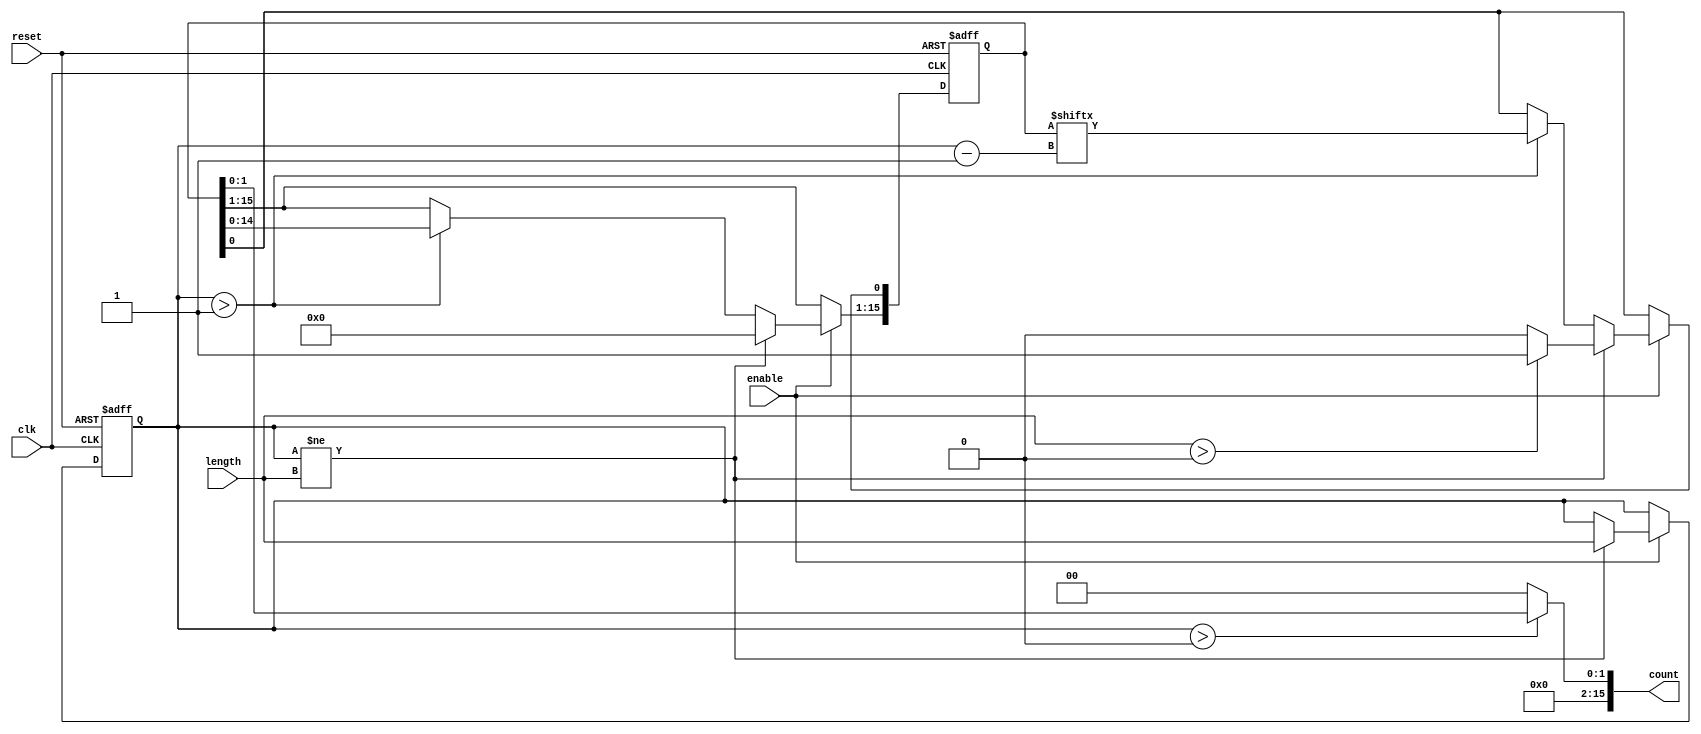
module variable_length_ring_counter (
    input wire clk,                 // Clock signal
    input wire reset,               // Asynchronous reset
    input wire [3:0] length,        // User-defined length of the counter (max 15)
    input wire enable,              // Enable signal
    output reg [15:0] count         // Output count, max length is 16 bits
);

    parameter MAX_LENGTH = 16;      // Maximum length of the ring counter (in bits)
    
    reg [MAX_LENGTH-1:0] state;     // Internal register for the counter state
    reg [3:0] current_length;        // Currently set length of the counter

    // Asynchronous reset
    always @(posedge clk or posedge reset) begin
        if (reset) begin
            // Initialize state to '000...001'
            state <= 1'b1;           // LSB set to 1; others will be 0
            current_length <= 4'd1;  // Default length is 1
        end else if (enable) begin
            // Update the current length if it changes
            if (current_length != length) begin
                current_length <= length;
                state <= {MAX_LENGTH{1'b0}}; // Clear state
                if (length > 0) begin
                    state[0] <= 1'b1;      // Set LSB to 1 for new length
                end
            end else begin
                // State transition logic for ring counter
                if (current_length > 1) begin
                    // Shift left and wrap around the MSB
                    state <= {state[MAX_LENGTH-2:0], state[current_length-1]};
                end
            end
        end
    end

    // Output logic - provide the current state limited to the specified length
    always @(*) begin
        if (current_length > 0) begin
            count = state[current_length-1:0]; // Output only the relevant bits
        end else begin
            count = 16'b0; // If length is 0, output should be 0
        end
    end

endmodule